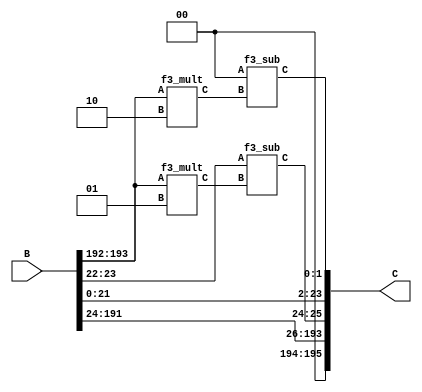
`define M     97          // M is the degree of the irreducible polynomial
`define WIDTH (2*`M-1)    // width for a GF(3^M) element
`define W2    (4*`M-1)    // width for a GF(3^{2*M}) element
`define W3    (6*`M-1)    // width for a GF(3^{3*M}) element
`define W6    (12*`M-1)   // width for a GF(3^{6*M}) element
`define PX    196'h4000000000000000000000000000000000000000001000002 // PX is the irreducible polynomial
`define ZERO {(2*`M){1'b0}}
`define TWO {(2*`M-2){1'b0}},2'b10
`define MOST 2*`M+1:2*`M

module func3(B, C);
    input [`WIDTH+2:0] B;
    output [`WIDTH+2:0] C;
    wire [`WIDTH+2:0] A;
    assign A = {B[`WIDTH:0], 2'd0}; // A == B*x
    wire [1:0] w0;
    f3_mult m0 (A[195:194], 2'd2, w0);
    f3_sub s0 (A[1:0], w0, C[1:0]);
    assign C[23:2] = A[23:2];
    wire [1:0] w12;
    f3_mult m12 (A[195:194], 2'd1, w12);
    f3_sub s12 (A[25:24], w12, C[25:24]);
    assign C[193:26] = A[193:26];
    assign C[195:194] = 0;
endmodule
module f3_sub(A, B, C);
    input [1:0] A, B;
    output [1:0] C;
    f3_add m1(A, {B[0], B[1]}, C);
endmodule

module f3_add(A, B, C);
    input [1:0] A, B;
    output [1:0] C;
    wire a0, a1, b0, b1, c0, c1;
    assign {a1, a0} = A;
    assign {b1, b0} = B;
    assign C = {c1, c0};
    assign c0 = ( a0 & ~a1 & ~b0 & ~b1) |
                (~a0 & ~a1 &  b0 & ~b1) |
                (~a0 &  a1 & ~b0 &  b1) ;
    assign c1 = (~a0 &  a1 & ~b0 & ~b1) |
                ( a0 & ~a1 &  b0 & ~b1) |
                (~a0 & ~a1 & ~b0 &  b1) ;
endmodule

module f3_mult(A, B, C); 
    input [1:0] A;
    input [1:0] B; 
    output [1:0] C;
    wire a0, a1, b0, b1;
    assign {a1, a0} = A;
    assign {b1, b0} = B;
    assign C[0] = (~a1 & a0 & ~b1 & b0) | (a1 & ~a0 & b1 & ~b0);
    assign C[1] = (~a1 & a0 & b1 & ~b0) | (a1 & ~a0 & ~b1 & b0);
endmodule